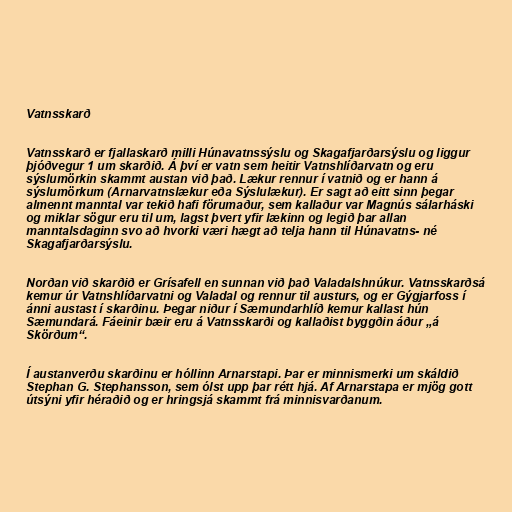
Vatnsskarð

Vatnsskarð er fjallaskarð milli Húnavatnssýslu og Skagafjarðarsýslu og liggur
þjóðvegur 1 um skarðið. Á því er vatn sem heitir Vatnshlíðarvatn og eru
sýslumörkin skammt austan við það. Lækur rennur í vatnið og er hann á
sýslumörkum (Arnarvatnslækur eða Sýslulækur). Er sagt að eitt sinn þegar
almennt manntal var tekið hafi förumaður, sem kallaður var Magnús sálarháski
og miklar sögur eru til um, lagst þvert yfir lækinn og legið þar allan
manntalsdaginn svo að hvorki væri hægt að telja hann til Húnavatns- né
Skagafjarðarsýslu.

Norðan við skarðið er Grísafell en sunnan við það Valadalshnúkur. Vatnsskarðsá
kemur úr Vatnshlíðarvatni og Valadal og rennur til austurs, og er Gýgjarfoss í
ánni austast í skarðinu. Þegar niður í Sæmundarhlíð kemur kallast hún
Sæmundará. Fáeinir bæir eru á Vatnsskarði og kallaðist byggðin áður „á
Skörðum“.

Í austanverðu skarðinu er hóllinn Arnarstapi. Þar er minnismerki um skáldið
Stephan G. Stephansson, sem ólst upp þar rétt hjá. Af Arnarstapa er mjög gott
útsýni yfir héraðið og er hringsjá skammt frá minnisvarðanum.